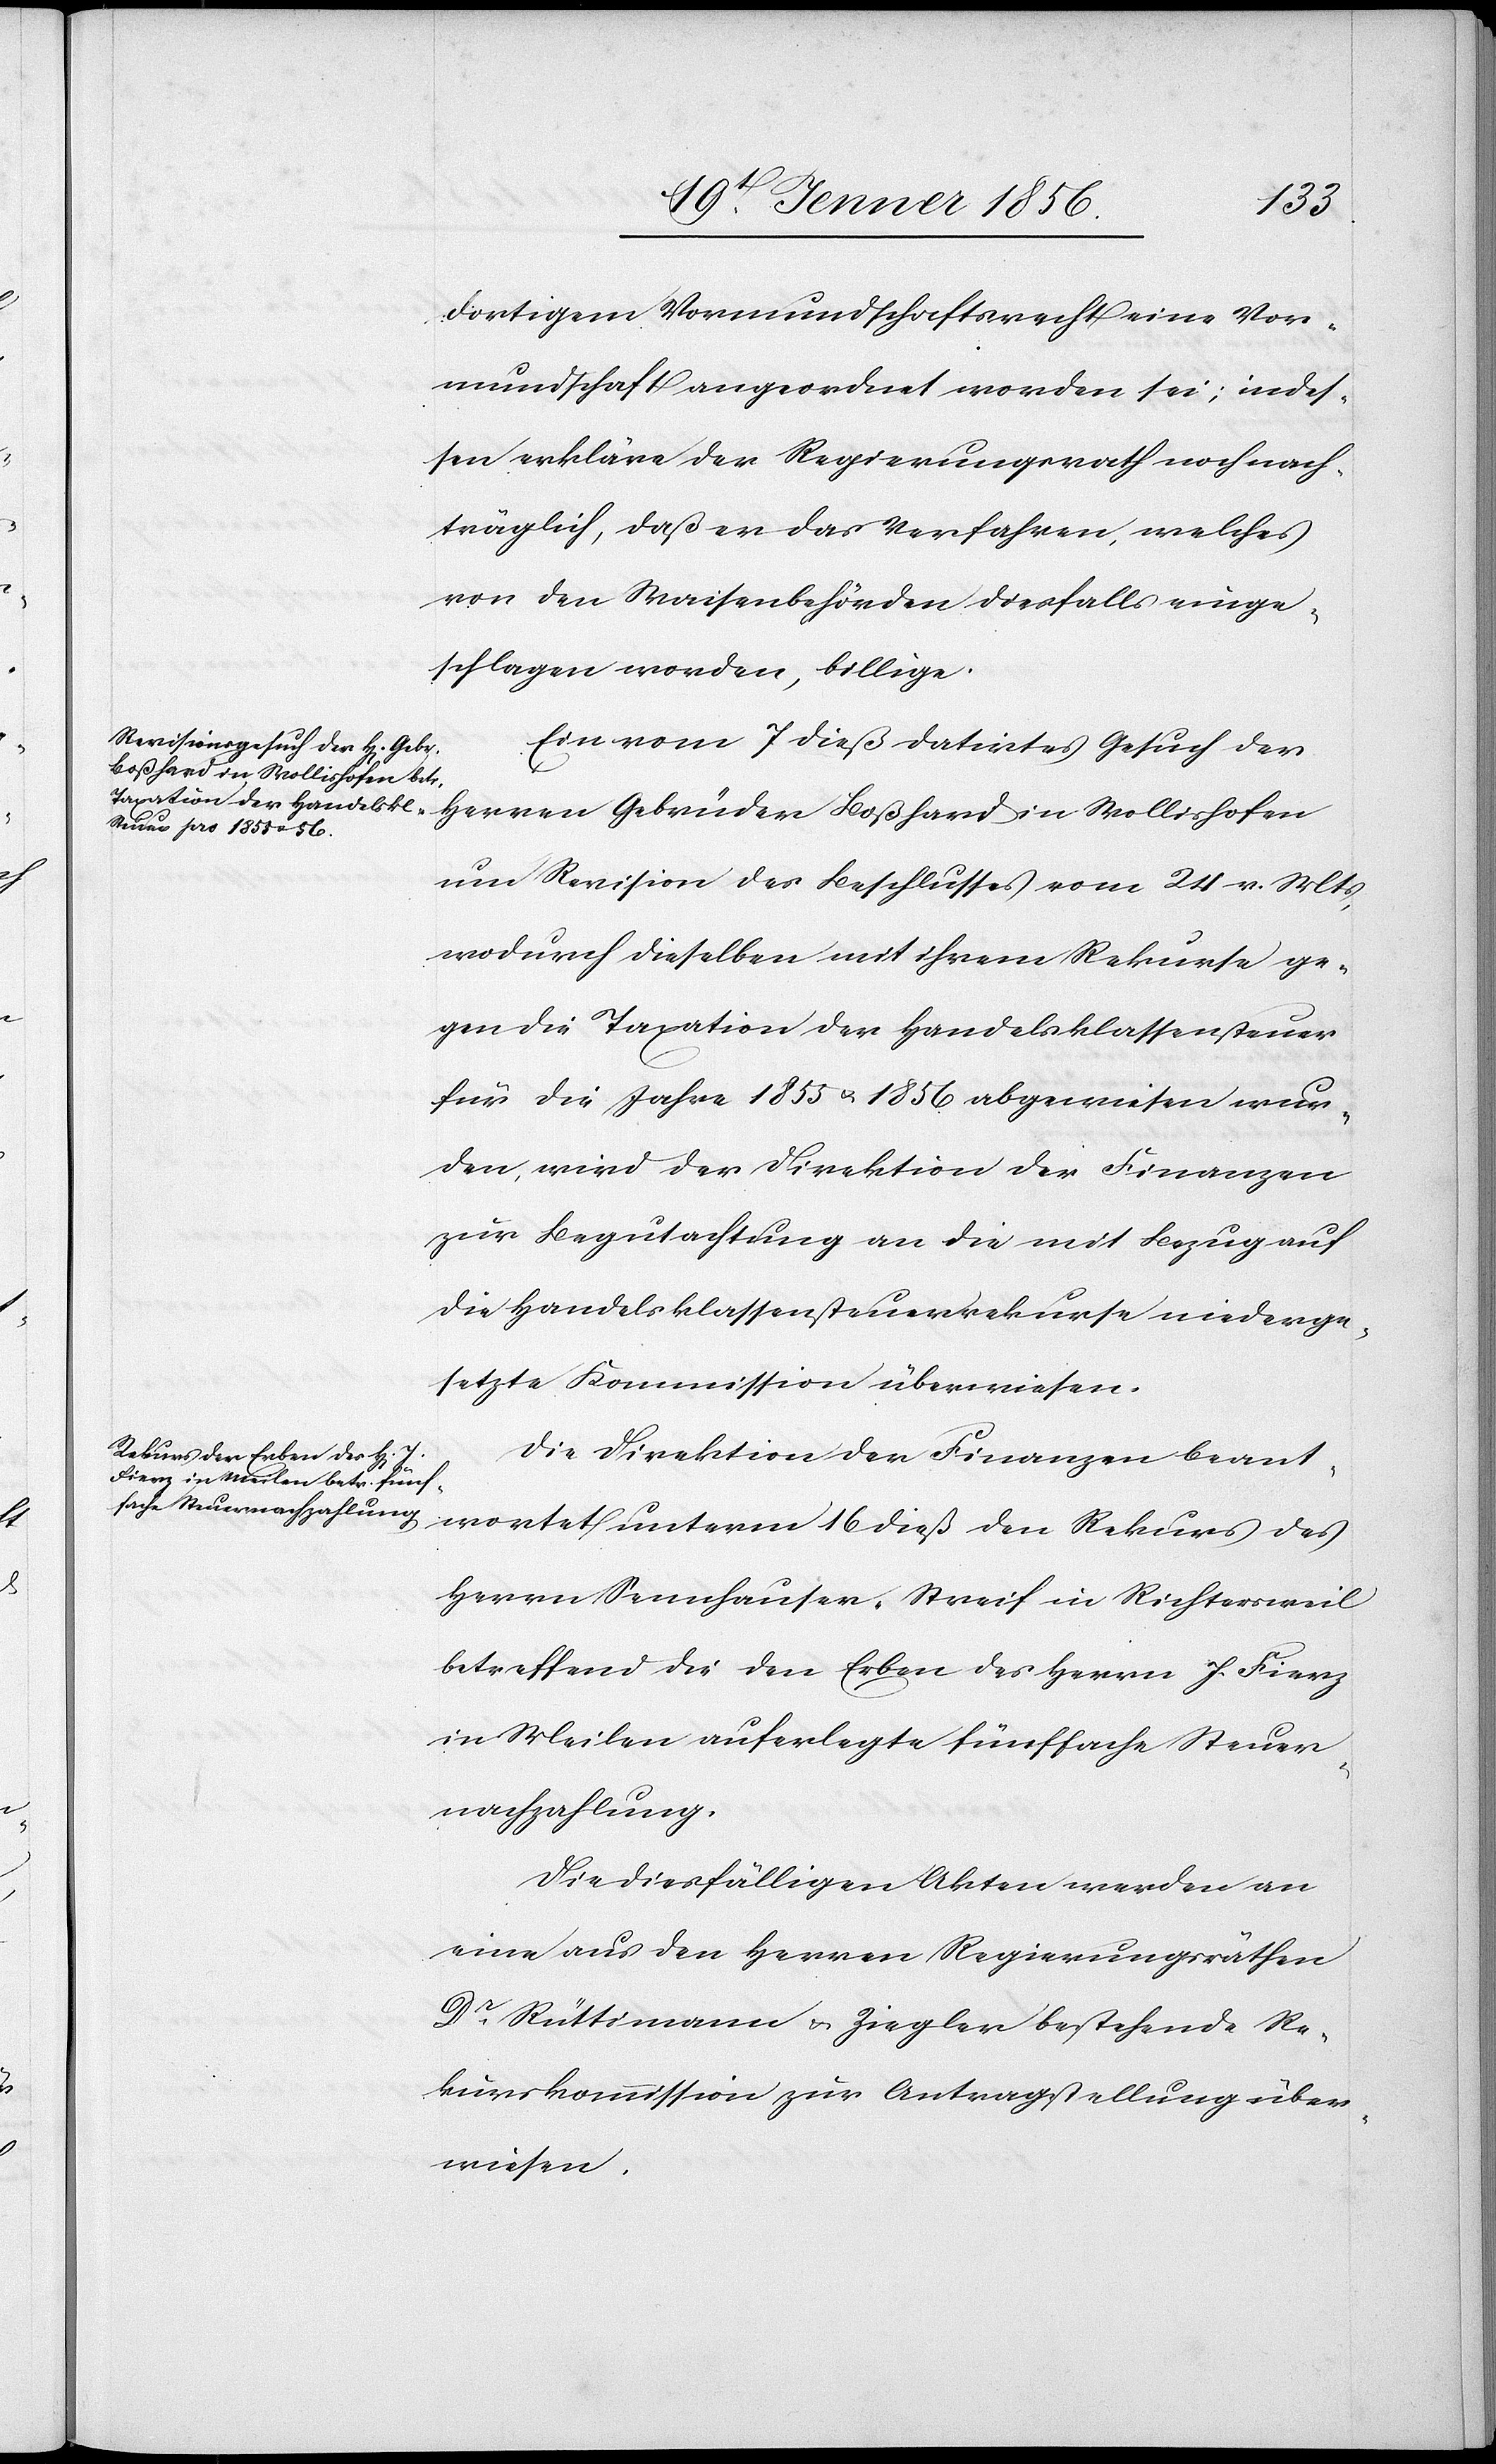
wortet
dortigem Vormundschaftsrecht eine Vor¬
mundschaft angeordnet worden sei; indes¬
sen erkläre der Regierungsrath noch nach¬
träglich, daß er das Verfahren, welches
von den Waisenbehörden diesfalls einge¬
schlagen worden, billige.
Ein vom 7 dieß datirtes Gesuch der
Herren Gebrüder Boßhard in Wollishofen
um Revision des Beschlusses vom 24 v. Mts,
wodurch dieselben mit ihrem Rekurse ge¬
gen die Taxation der Handelsklassensteuer
für die Jahre 1855 u. 1856 abgewiesen wur¬
den, wird der Direktion der Finanzen
zur Begutachtung an die mit Bezug auf
die Handelsklassensteuerrekurse wiederge¬
setzte Kommission überwiesen.
Die Direktion der Finanzen beant¬
Herrn Sennhausen-Streif in Richtersweil
betreffend die den Erben des Herrn J. Fierz
in Meilen auferlegte fünffache Steuer¬
nachzahlung.
Die diesfälligen Akten werden an
eine aus den Herren Regierungsräthen
Dr Rüttimann u. Ziegler bestehende Re¬
kurskommission zur Antragstellung über¬
wiesen.